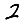
Digit: 2